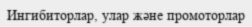
Ингибиторлар, улар және промоторлар